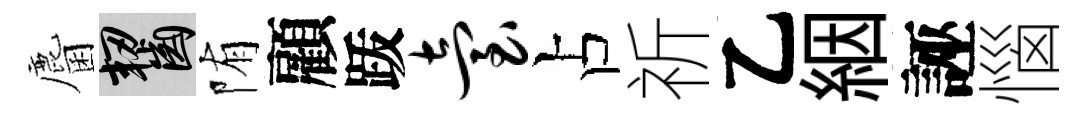
麕齧陏顧䟦台占祈乙絪誣惱